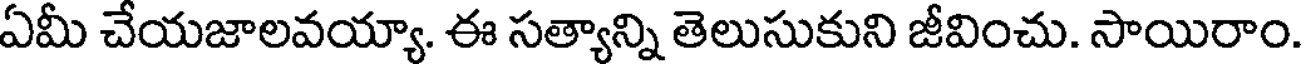
ఏమీ చేయజాలవయ్యా. ఈ సత్యాన్ని తెలుసుకుని జీవించు. సాయిరాం.